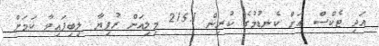
އަދި ޓެކްސް އަށް ކެނޑުމުގެ ކުރިން 215.1 މިލިއަން ރުފިޔާ ލިބިފައިވާ ކަމަށް